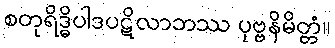
စတုရိဒ္ဓိပါဒပဋိလာဘဿ ပုဗ္ဗနိမိတ္တံ။